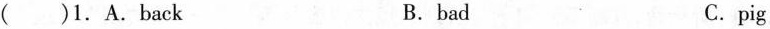
( )1.A.back B.bad C.pig